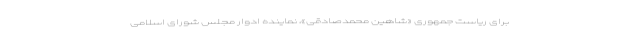
برای ریاست جمهوری «شاهین محمدصادقی»، نماینده ادوار مجلس شورای اسلامی